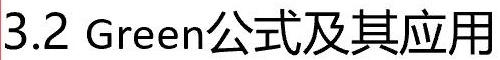
3.2 Green公式及其应用